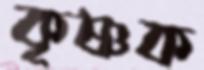
কৃষ্ণক